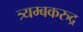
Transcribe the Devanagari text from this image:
त्र्यम्बकरुद्र